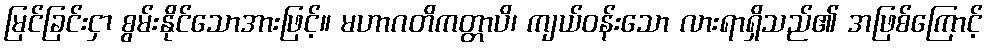
မြင်ခြင်းငှာ စွမ်းနိုင်သောအားဖြင့်။ မဟာဂတိကတ္တာပိ၊ ကျယ်ဝန်းသော လားရာရှိသည်၏ အဖြစ်ကြောင့်